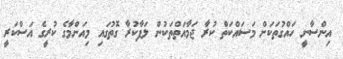
އިންސާނީ ހައްގުތަކަށް މަސައްކަތް ކުރާ ޖަމާއަތްތަކުން ލަފާކުރާ ގޮތުގައި މިއަންމާގެ ކުރީގެ އަސްކަރީ